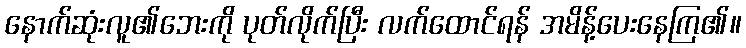
နောက်ဆုံးလူ၏ဘေးကို ပုတ်လိုက်ပြီး လက်ထောင်ရန် အမိန့်ပေးနေကြ၏။